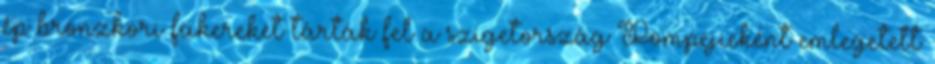
ép bronzkori fakereket tárták fel a szigetország Pompejieként emlegetett